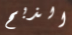
الذبح